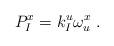
LaTeX: \begin{align*} {P}_I^x = k_I^u \omega_u^x\ .\end{align*}